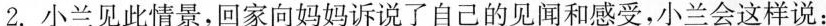
2.小兰见此情景，回家向妈妈诉说了自己的见闻和感受，小兰会这样说：